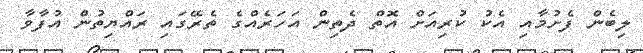
ލިބެން ފެށުމާއި އެކު ކުރިއަށް އޮތް ދެތިން އަހަރެއްގެ ތެރޭގައި ރައްޔިތުން އުފާވާ